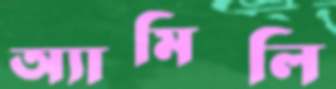
অ্যামিলি